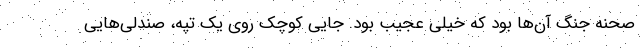
صحنه جنگ آن‌ها بود که خیلی عجیب بود. جایی کوچک روی یک تپه، صندلی‌هایی